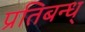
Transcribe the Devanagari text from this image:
प्रतिबन्ध्